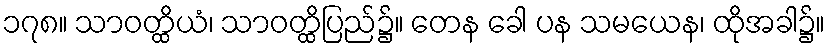
၁၇၈။ သာဝတ္ထိယံ၊ သာဝတ္ထိပြည်၌။ တေန ခေါ ပန သမယေန၊ ထိုအခါ၌။